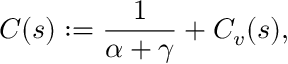
C ( s ) : = \frac { 1 } { \alpha + \gamma } + C _ { v } ( s ) ,